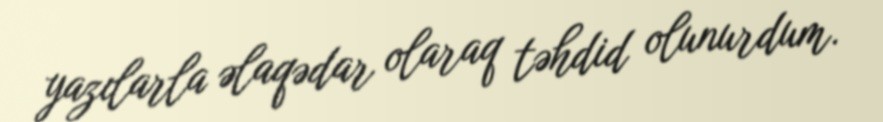
yazılarla əlaqədar olaraq təhdid olunurdum.